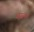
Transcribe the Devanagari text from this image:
धरन।